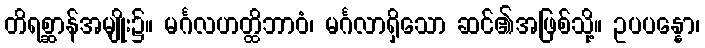
တိရစ္ဆာန်အမျိုး၌။ မင်္ဂလဟတ္ထိဘာဝံ၊ မင်္ဂလာရှိသော ဆင်၏အဖြစ်သို့။ ဥပပန္နော၊